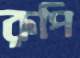
রূপি